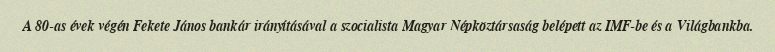
A 80-as évek végén Fekete János bankár irányításával a szocialista Magyar Népköztársaság belépett az IMF-be és a Világbankba.